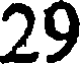
29